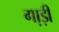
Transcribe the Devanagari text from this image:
गा़ड़ी